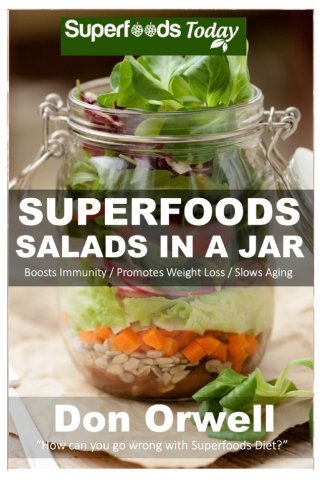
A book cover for Superfoods Salads In A Jar: 35+ Wheat Free Cooking, Heart Healthy Cooking, Quick & Easy Cooking, Low Cholesterol Cooking,Diabetic & Sugar-Free ... Foods Cooking-Mason Jar Salads) (Volume 31); Don Orwell; Cookbooks, Food & Wine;